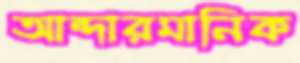
আন্দারমানিক